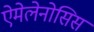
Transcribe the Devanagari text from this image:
ऐमेलेनोसिस